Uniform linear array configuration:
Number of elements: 12
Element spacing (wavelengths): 0.5
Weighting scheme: hann
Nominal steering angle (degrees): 45
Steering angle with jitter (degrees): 46.003
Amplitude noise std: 0.05
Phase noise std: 0.05

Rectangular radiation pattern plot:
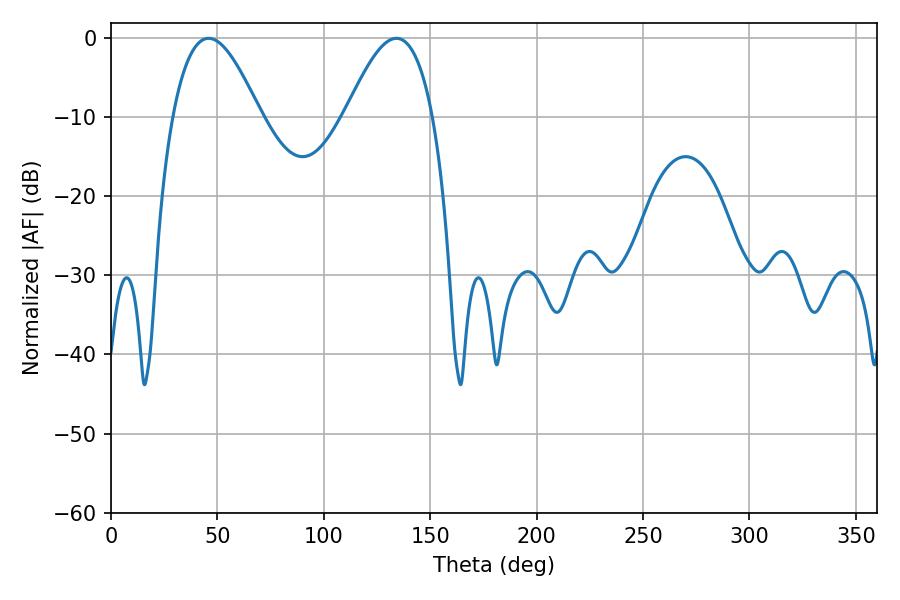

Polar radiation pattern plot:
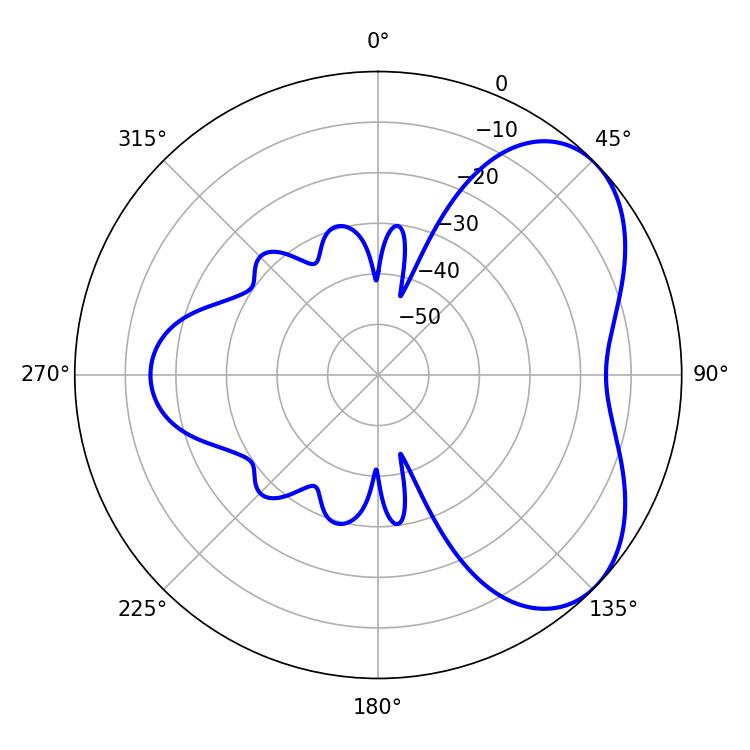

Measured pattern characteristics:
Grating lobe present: FALSE
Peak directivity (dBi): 5.051
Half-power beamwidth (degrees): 22.14
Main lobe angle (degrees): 45.9